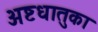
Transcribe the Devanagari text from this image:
अष्टधातुका